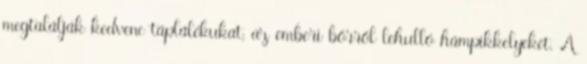
megtalálják kedvenc táplálékukat, az emberi bőrről lehulló hámpikkelyeket. A